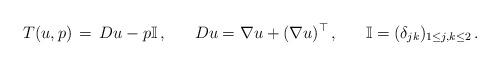
LaTeX: \begin{align*}T(u,p) \, = \, D u - p \mathbb{I}\,,~~~~~ D u = \nabla u + (\nabla u )^\top\,,~~~~~\mathbb{I} = (\delta_{j k})_{1\leq j,k\leq 2}\,.\end{align*}